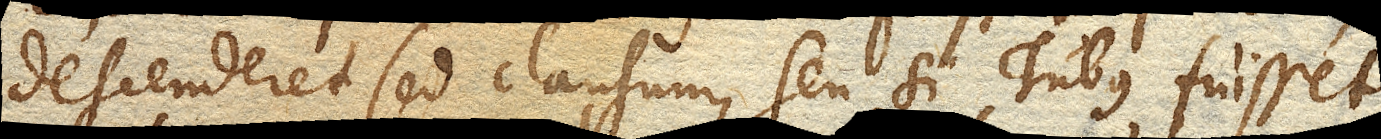
descenderet sed clausum, seu si Tubus fuisset